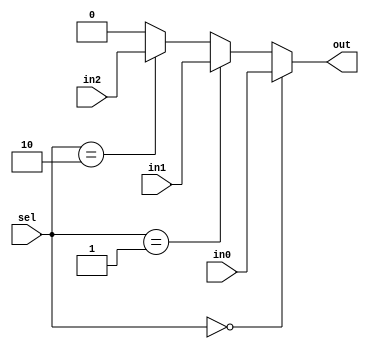
module muxt(input in0, input in1, input in2, input[1:0] sel, output reg out);
	always@(in0 or in1 or in2 or sel) begin
		if (sel == 0) begin
			out <= in0;
		end
		else if (sel == 1) begin
			out <= in1;
		end
		else if (sel == 2) begin
			out <= in2;
		end
		else begin
			out <= 0;
		end
	end
endmodule